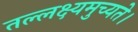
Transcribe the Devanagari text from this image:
तल्लक्ष्यमुच्यते।